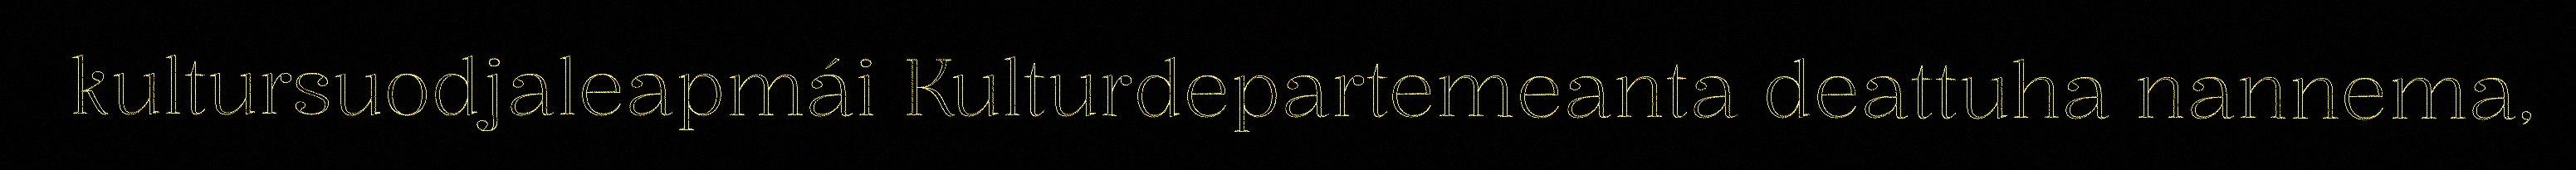
kultursuodjaleapmái Kulturdepartemeanta deattuha nannema,